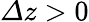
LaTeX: {\mit\Delta}z>0